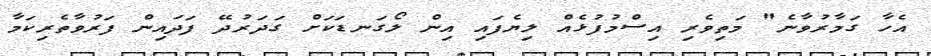
އެހާ ގަމާރުވާނެ" މަތިވެރި އިސްމުފުޅެއް ލިޔެފައި އިން ލޯގަނޑަކަށް ގަދަރުދޭ ފަދައިން ފަރުވާތެރިކަމާ